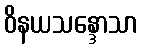
ဝိနယသန္ဒောသာ